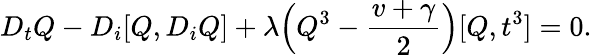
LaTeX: D_{t}Q-D_{i}[Q,D_{i}Q]+{\lambda}\Big(Q^{3}-\frac{v+\gamma}{2}\Big)[Q,t^{3}]=0.